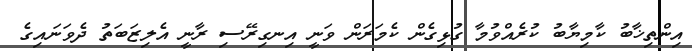
އިންތިޚާބު ކާމިޔާބު ކުރެއްވުމާ ގުޅިގެން ކެމަރަން ވަނީ އިނގިރޭސި ރާނީ އެލިޒަބަތު ދެވަނައިގެ